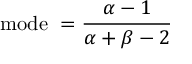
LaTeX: { \mathrm { m o d e ~ } } = { \frac { \alpha - 1 } { \alpha + \beta - 2 } }